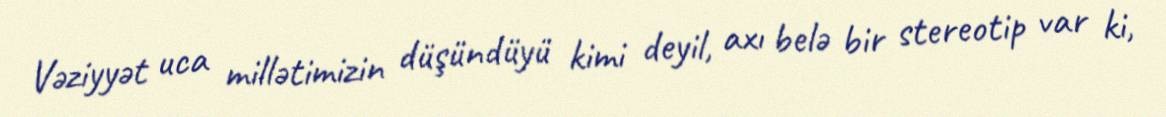
Vəziyyət uca millətimizin düşündüyü kimi deyil, axı belə bir stereotip var ki,